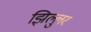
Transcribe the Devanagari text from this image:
झिल्लुर